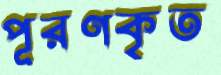
পূরণকৃত